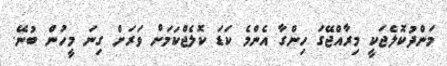
މަންދުކޮލެޖަކީ މިރާއްޖޭގަ ހިންގާ އެންމެ ކަޑަ ކޮލެޖްކަމަށް ވަރަށް ގިނަ މީހުން ބުނޭ.